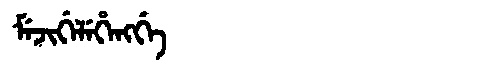
Manchu: ᠮᡝᠵᡳᡤᡝᠯᡝᡥᡝᠩᡤᡝ
Romanization: MEJIGELEHENGGE